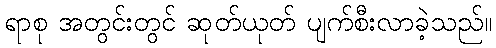
ရာစု အတွင်းတွင် ဆုတ်ယုတ် ပျက်စီးလာခဲ့သည်။